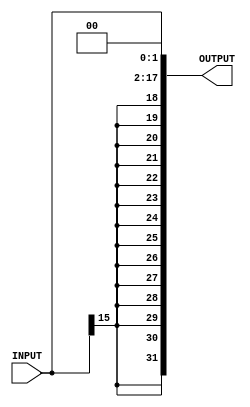
module ID_IMM16_SIGN_EXT ( INPUT, OUTPUT );
  input [15:0] INPUT;
  output [31:0] OUTPUT;
  wire   OUTPUT_31, \INPUT[14] , \INPUT[13] , \INPUT[12] , \INPUT[11] ,
         \INPUT[10] , \INPUT[9] , \INPUT[8] , \INPUT[7] , \INPUT[6] ,
         \INPUT[5] , \INPUT[4] , \INPUT[3] , \INPUT[2] , \INPUT[1] ,
         \INPUT[0] ;
  assign OUTPUT[1] = 1'b0;
  assign OUTPUT[0] = 1'b0;
  assign OUTPUT[31] = OUTPUT_31;
  assign OUTPUT[30] = OUTPUT_31;
  assign OUTPUT[29] = OUTPUT_31;
  assign OUTPUT[28] = OUTPUT_31;
  assign OUTPUT[27] = OUTPUT_31;
  assign OUTPUT[26] = OUTPUT_31;
  assign OUTPUT[25] = OUTPUT_31;
  assign OUTPUT[24] = OUTPUT_31;
  assign OUTPUT[23] = OUTPUT_31;
  assign OUTPUT[22] = OUTPUT_31;
  assign OUTPUT[21] = OUTPUT_31;
  assign OUTPUT[20] = OUTPUT_31;
  assign OUTPUT[19] = OUTPUT_31;
  assign OUTPUT[18] = OUTPUT_31;
  assign OUTPUT[17] = OUTPUT_31;
  assign OUTPUT_31 = INPUT[15];
  assign OUTPUT[16] = \INPUT[14] ;
  assign \INPUT[14]  = INPUT[14];
  assign OUTPUT[15] = \INPUT[13] ;
  assign \INPUT[13]  = INPUT[13];
  assign OUTPUT[14] = \INPUT[12] ;
  assign \INPUT[12]  = INPUT[12];
  assign OUTPUT[13] = \INPUT[11] ;
  assign \INPUT[11]  = INPUT[11];
  assign OUTPUT[12] = \INPUT[10] ;
  assign \INPUT[10]  = INPUT[10];
  assign OUTPUT[11] = \INPUT[9] ;
  assign \INPUT[9]  = INPUT[9];
  assign OUTPUT[10] = \INPUT[8] ;
  assign \INPUT[8]  = INPUT[8];
  assign OUTPUT[9] = \INPUT[7] ;
  assign \INPUT[7]  = INPUT[7];
  assign OUTPUT[8] = \INPUT[6] ;
  assign \INPUT[6]  = INPUT[6];
  assign OUTPUT[7] = \INPUT[5] ;
  assign \INPUT[5]  = INPUT[5];
  assign OUTPUT[6] = \INPUT[4] ;
  assign \INPUT[4]  = INPUT[4];
  assign OUTPUT[5] = \INPUT[3] ;
  assign \INPUT[3]  = INPUT[3];
  assign OUTPUT[4] = \INPUT[2] ;
  assign \INPUT[2]  = INPUT[2];
  assign OUTPUT[3] = \INPUT[1] ;
  assign \INPUT[1]  = INPUT[1];
  assign OUTPUT[2] = \INPUT[0] ;
  assign \INPUT[0]  = INPUT[0];
endmodule